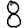
Digit: 8